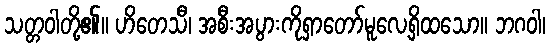
သတ္တဝါတို့၏။ ဟိတေသီ၊ အစီးအပွားကိုရှာတော်မူလေ့ရှိထသော။ ဘဂဝါ၊